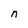
Character: n